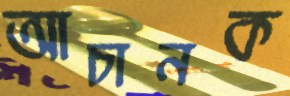
আচানক